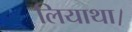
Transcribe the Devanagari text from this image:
लियाथा।